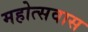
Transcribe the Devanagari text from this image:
महोत्सवास